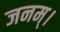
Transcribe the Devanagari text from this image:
जनम्।